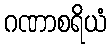
ဂဏာစရိယံ